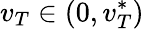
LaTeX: v_{T}\in(0,v_{T}^{*})